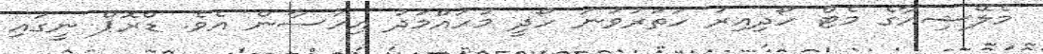
މެލޭޝިއާގެ މެޓް ހޯދިއިރު ހަތަރުވަނަ ހޯދީ މުހައްމަދު އިހުސާން އެވެ. ޑްރޮޕް ނީގައި